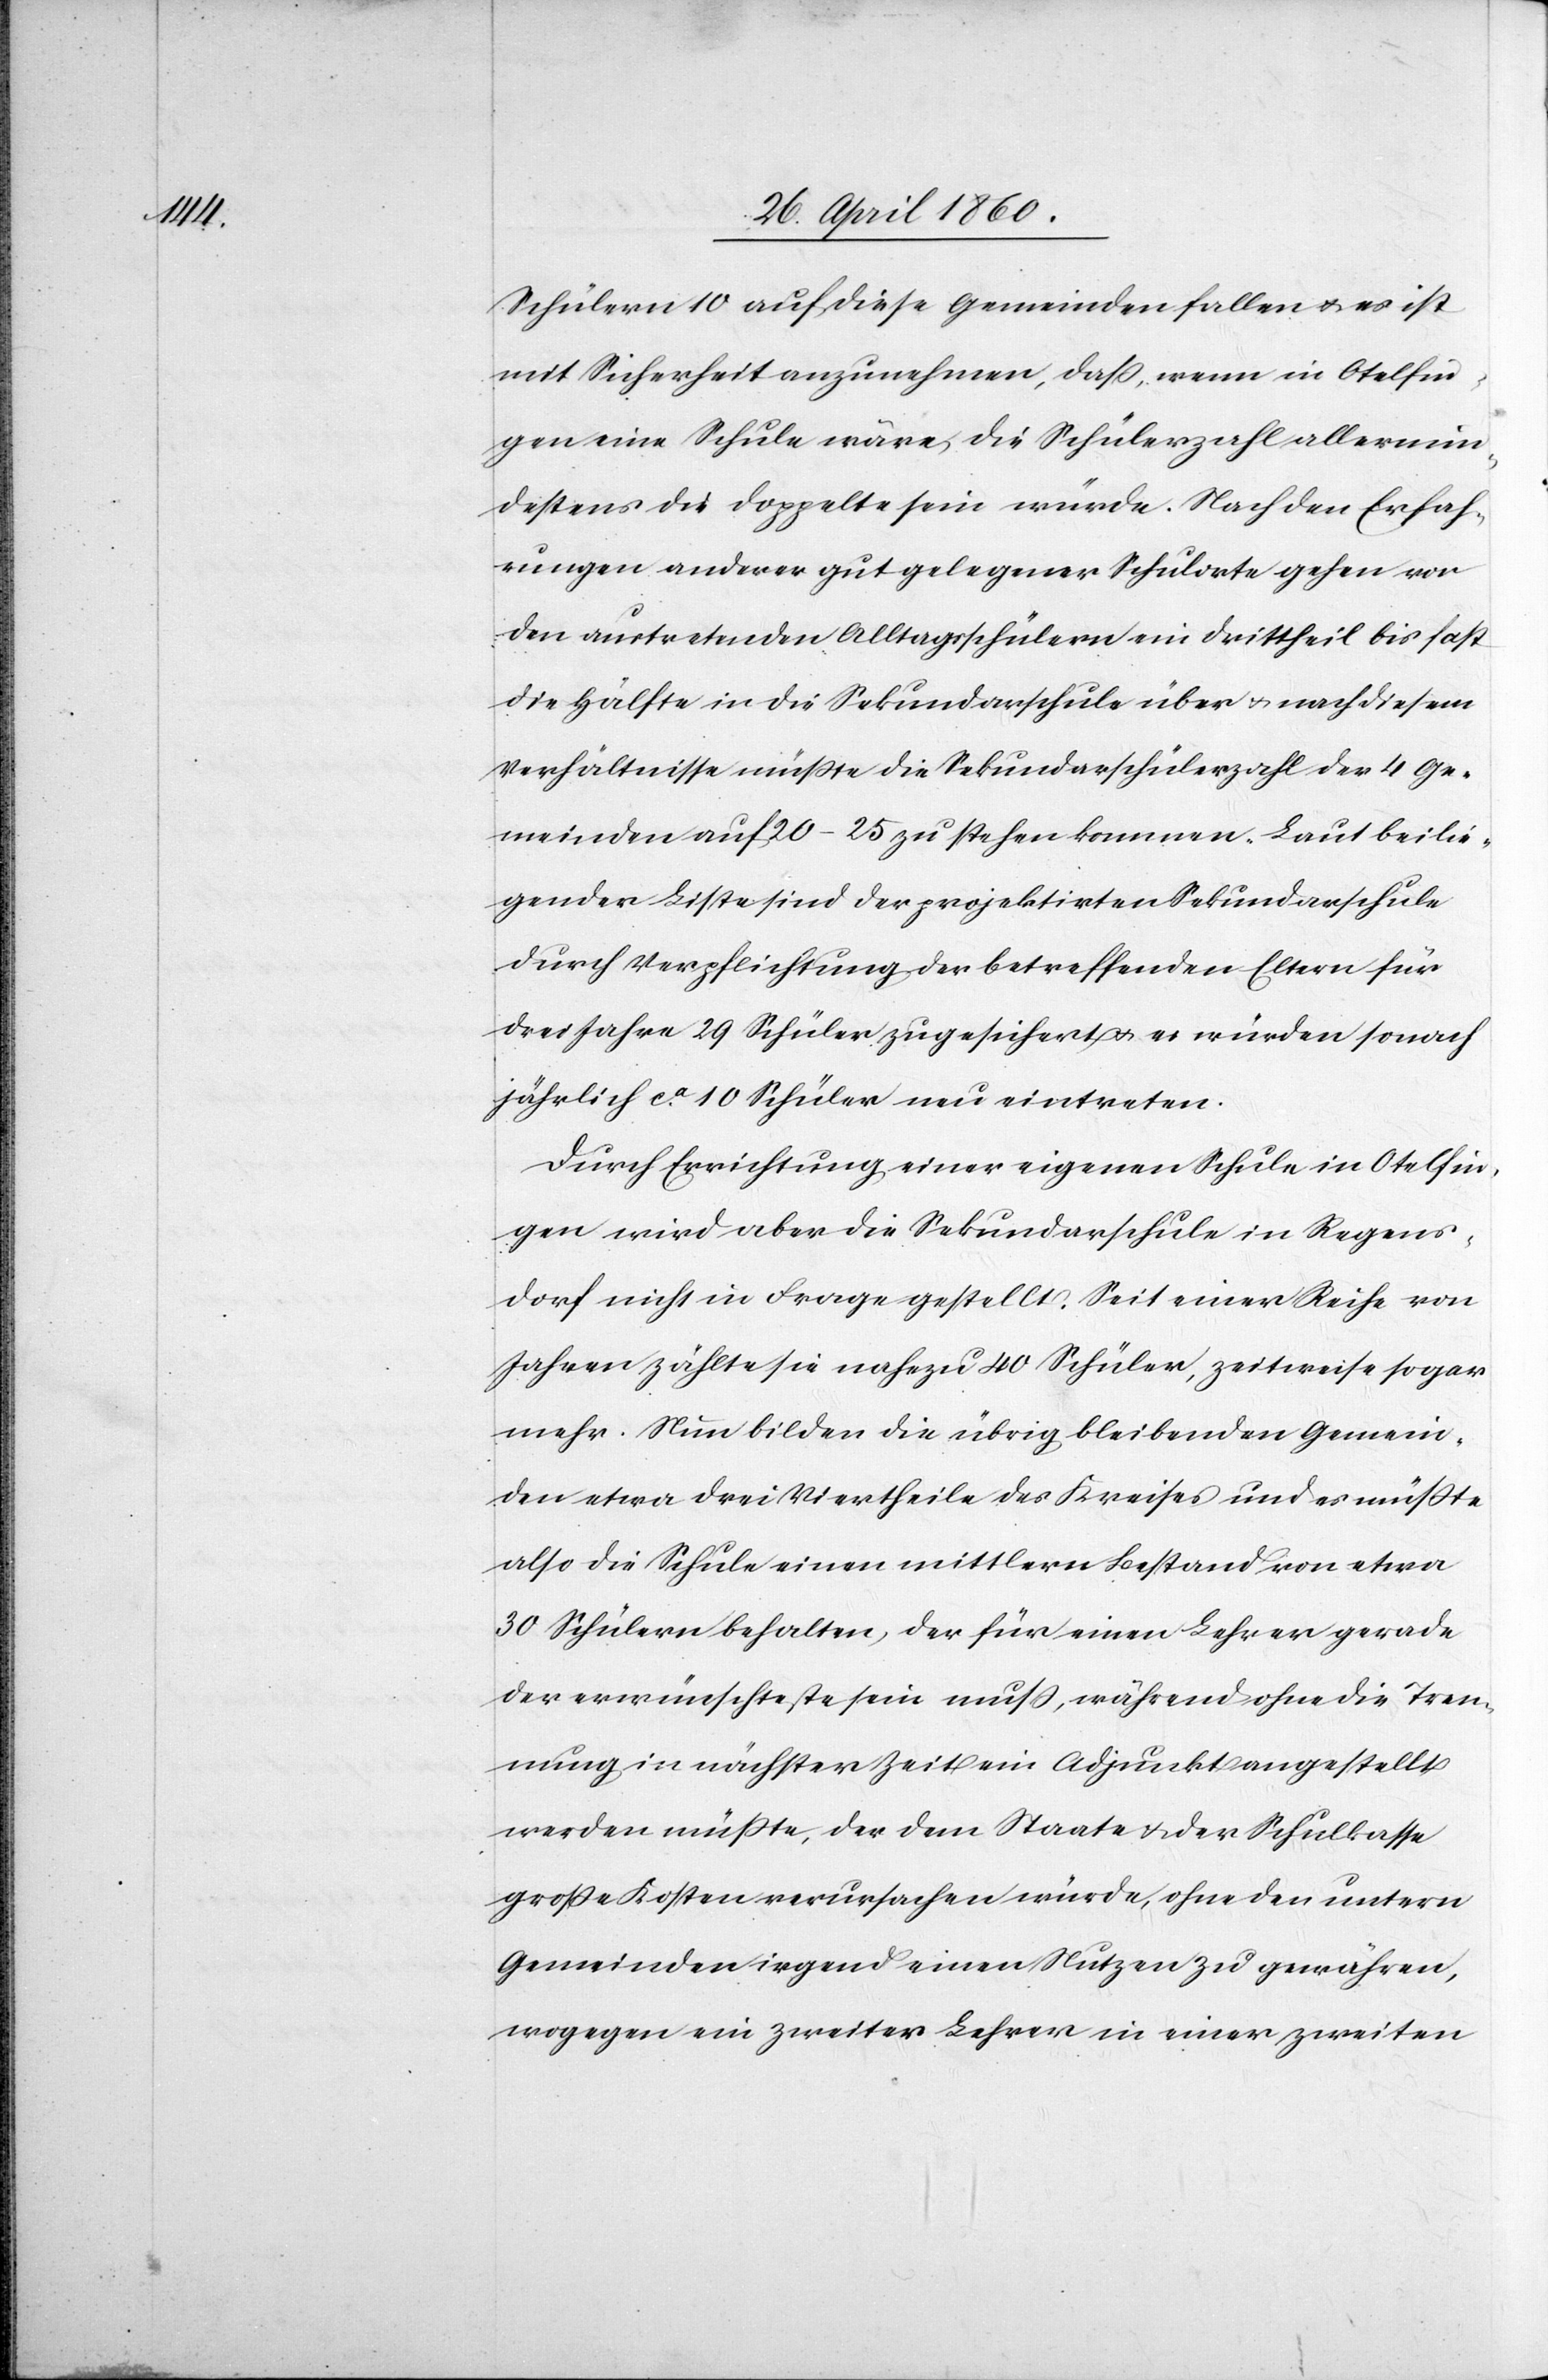
Schülern 10 auf diese Gemeinden fallen u. es ist
mit Sicherheit anzunehmen, dass, wenn in Otelfin¬
gen eine Schule wäre, die Schülerzahl allermin¬
destens die Doppelte sein würde. Nach den Erfah¬
rungen anderer gut gelegener Schulorte gehen vor
den austretenden Alltagsschülern ein Drittheil bis fast
die Hälfte in die Sekundarschule über u. nach diesem
Verhältnisse müsste die Sekundarschülerzahl der 4 Ge¬
meinden auf 20–25 zu stehen kommen. Laut beilie¬
gender Liste sind der projektirten Sekundarschule
durch Verpflichtung der betreffenden Eltern für
drei Jahre 29 Schüler zugesichert u. es würden sonach
jährlich ca 10 Schüler neu eintreten.
Durch Errichtung einer eigenen Schule in Otelfin¬
gen wird aber die Sekundarschule in Regens¬
dorf nicht in Frage gestellt. Seit einer Reihe von
Jahren zählte sie nahezu 40 Schüler, zeitweise sogar
mehr. Nun bilden die übrig bleibenden Gemein¬
den etwa drei Viertheile des Kreises und es müsste
also die Schule einen mittlern Bestand von etwa
30 Schülern behalten, der für einen Lehrer gerade
der erwünschteste sein muss, während ohne die Tren¬
nung in nächster Zeit ein Adjunkt angestellt
werden müsste, der dem Staate u. der Schulkasse
grosse Kosten verursachen würde, ohne den untern
Gemeinden irgend einen Nutzen zu gewähren,
wogegen ein zweiter Lehrer in einer zweiten